Trukikaitis_Postimees, lk 6
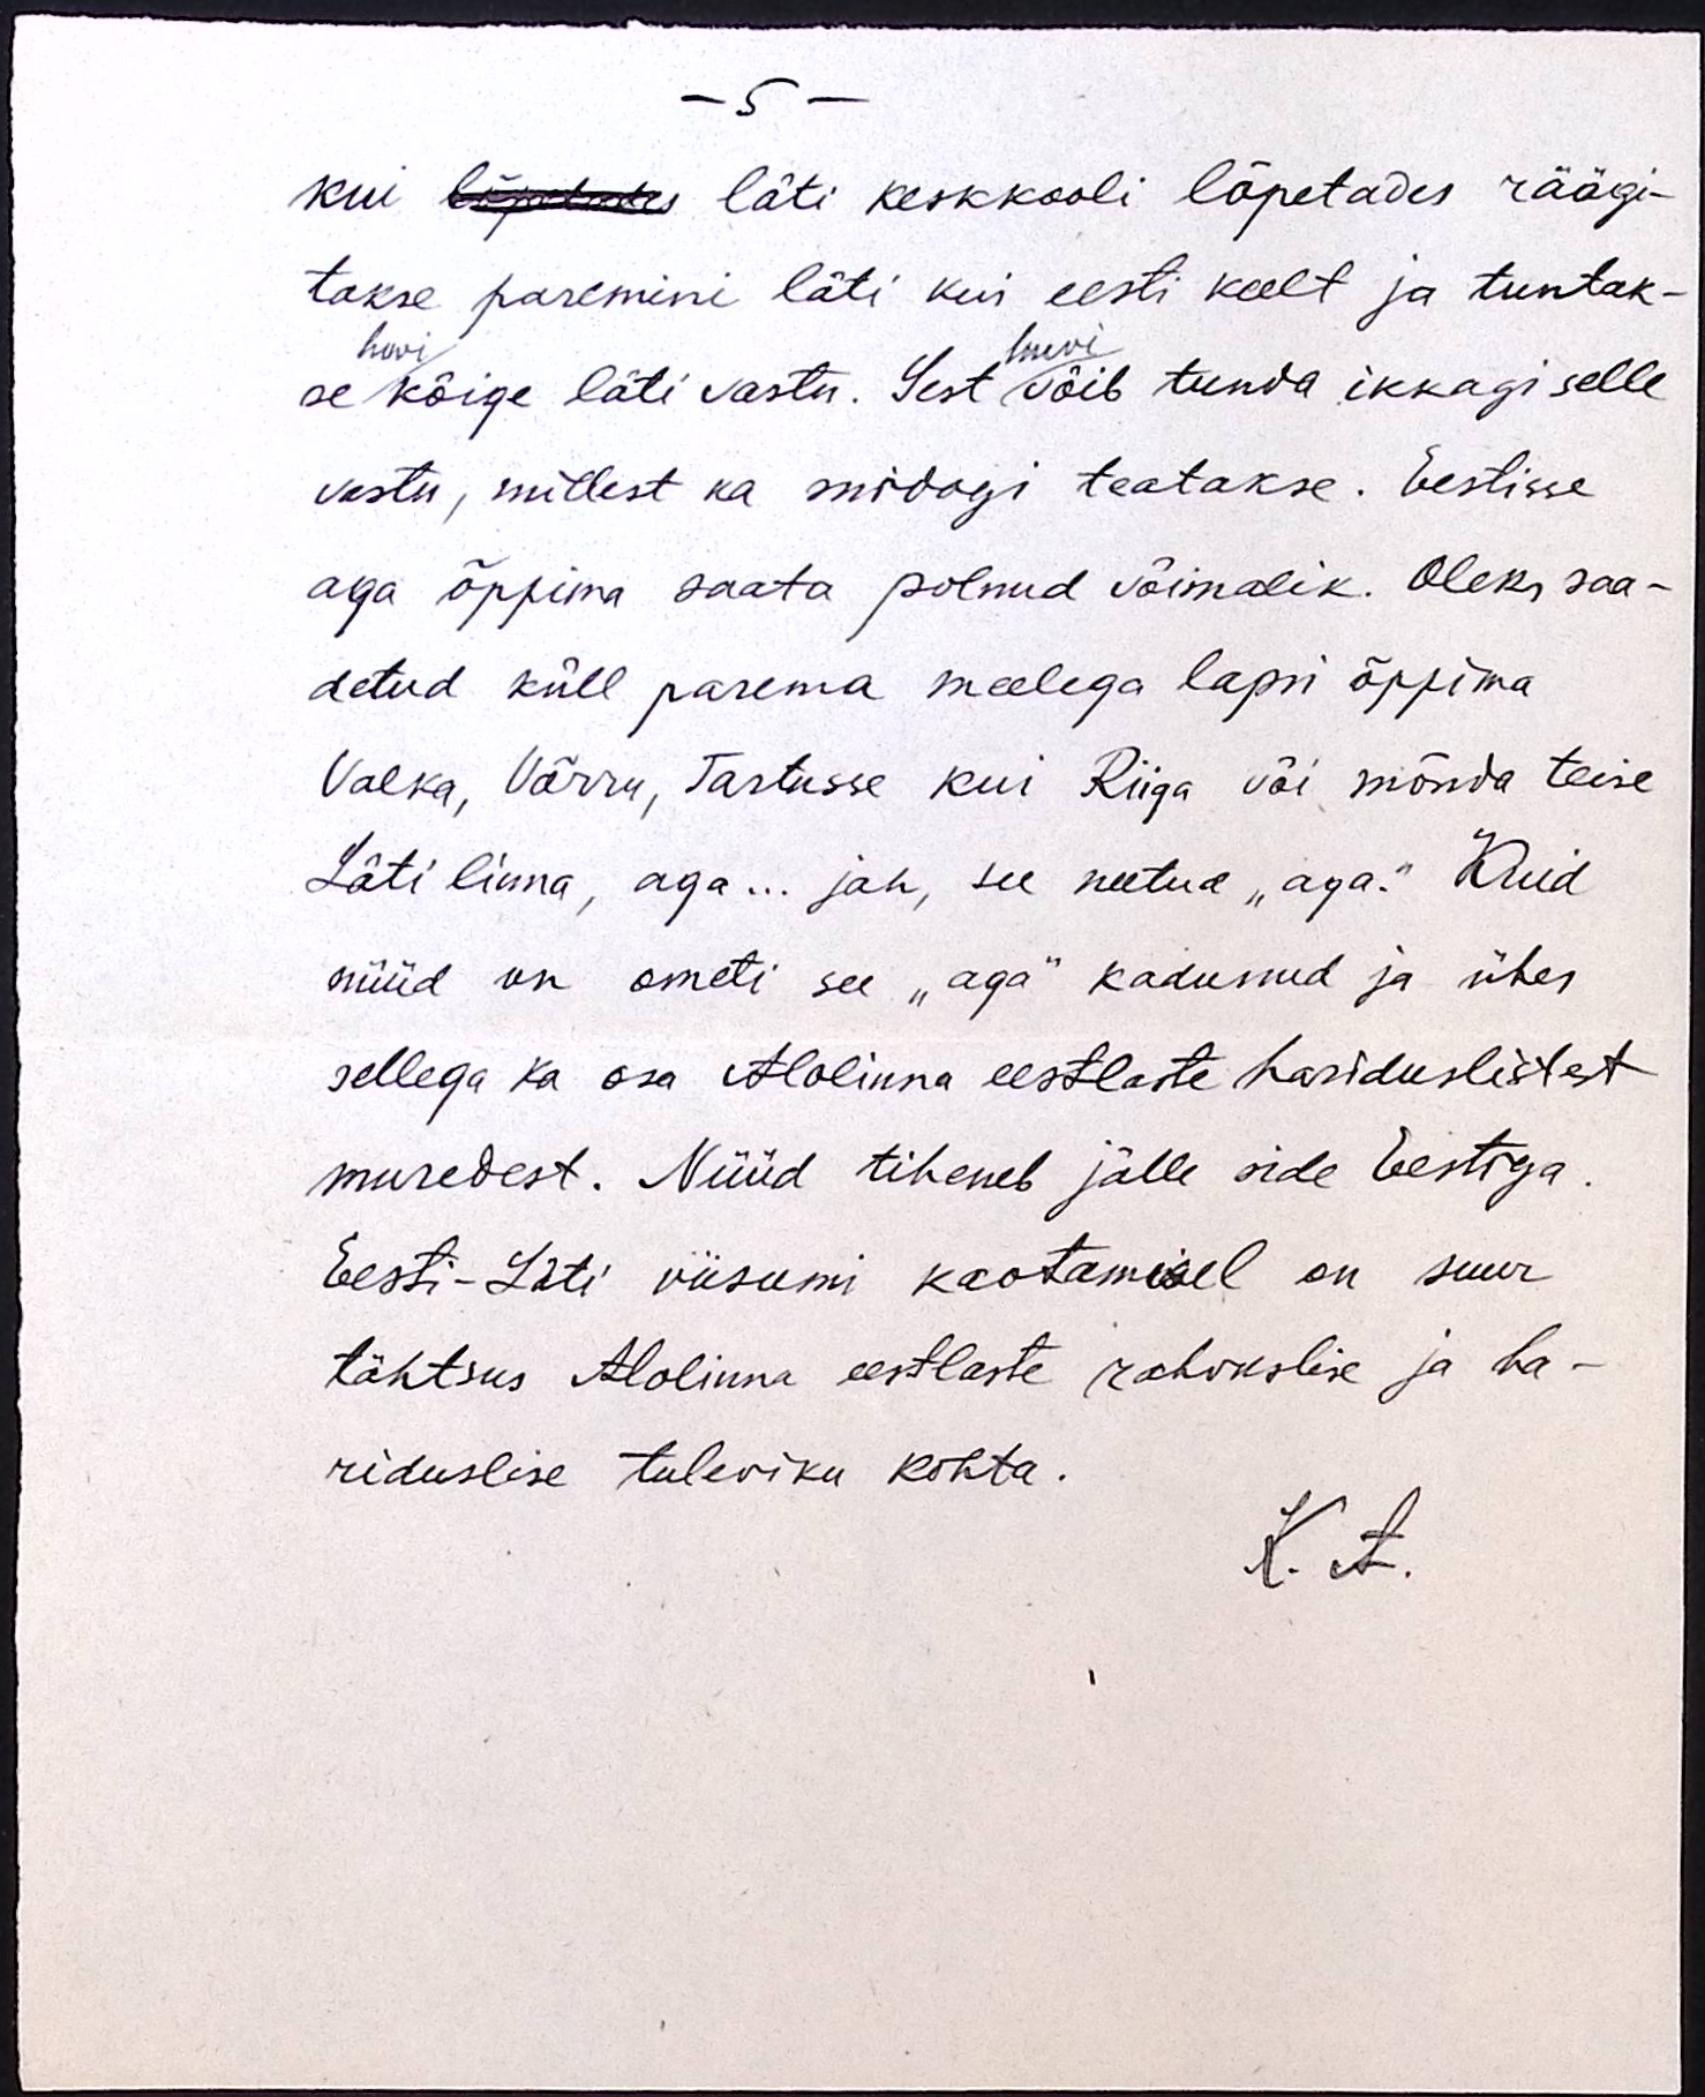
- 5 -
kui lõpetades läti keskkooli lõpetades räägi-
takse paremini läti kui eesti keelt ja tuntak-
huvi
huvi
se kõige läti vastu. Sest võib tunda ikkagi selle
vastu, millest ka midagi teatakse. Eestisse
aga õppima saata polnud võimalik. Oleks saa-
detud küll parema meelega lapsi õppima
Valka, Võrru, Tartusse kui Riiga või mõnda teise
Läti linna, aga... jah, see neetud "aga." Kuid
nüüd on ometi see "aga" kadunud ja ühes
sellega ka osa Alolinna eestlaste hariduslistest
muredest. Nüüd tiheneb jälle side Eestiga.
Eesti - Läti viisumi kaotamisel on suur
tähtsus Alolinna eestlaste rahvuslise ja ha-
riduslise tuleviku kohta.
K. A.